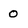
Character: 0